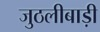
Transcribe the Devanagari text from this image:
जुठलीबाड़ी